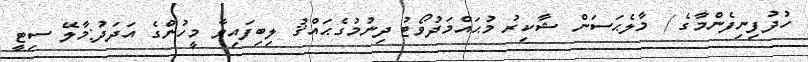
ހުދުފިނިފެންމާގެ / މާލެޙަސަން ޝާކިރު މުޙައްމަދުވޯޓު ދިނުމުގެޙައްޤު ލިބިފައިވާ މީހުންގެ އަދަދު:މާލޭ ސިޓީ